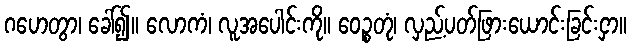
ဂဟေတွာ၊ ခေါ်၍။ လောကံ၊ လူအပေါင်းကို။ ဝေဉ္စတုံ၊ လှည့်ပတ်ဖြားယောင်းခြင်းငှာ။